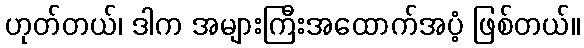
ဟုတ်တယ်၊ ဒါက အများကြီးအထောက်အပံ့ ဖြစ်တယ်။